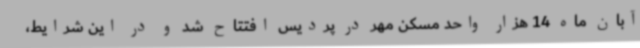
آبان ماه 14 هزار واحد مسکن مهر در پردیس افتتاح شد و در این شرایط،